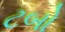
ટબો